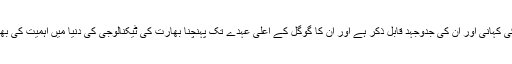
سندر پیچائی کی کہانی اور ان کی جدوجہد قابل ذکر ہے اور ان کا گوگل کے اعلیٰ عہدے تک پہنچنا بھارت کی ٹیکنالوجی کی دنیا میں اہمیت کی بھی علامت ہے۔